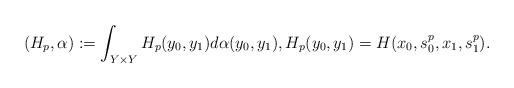
LaTeX: \begin{align*} (H_p,\alpha) := \int_{Y\times Y}H_p(y_0,y_1) d\alpha(y_0,y_1), H_p(y_0,y_1) = H(x_0,s_0^p,x_1,s_1^p). \end{align*}